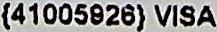
{41005926} VISA